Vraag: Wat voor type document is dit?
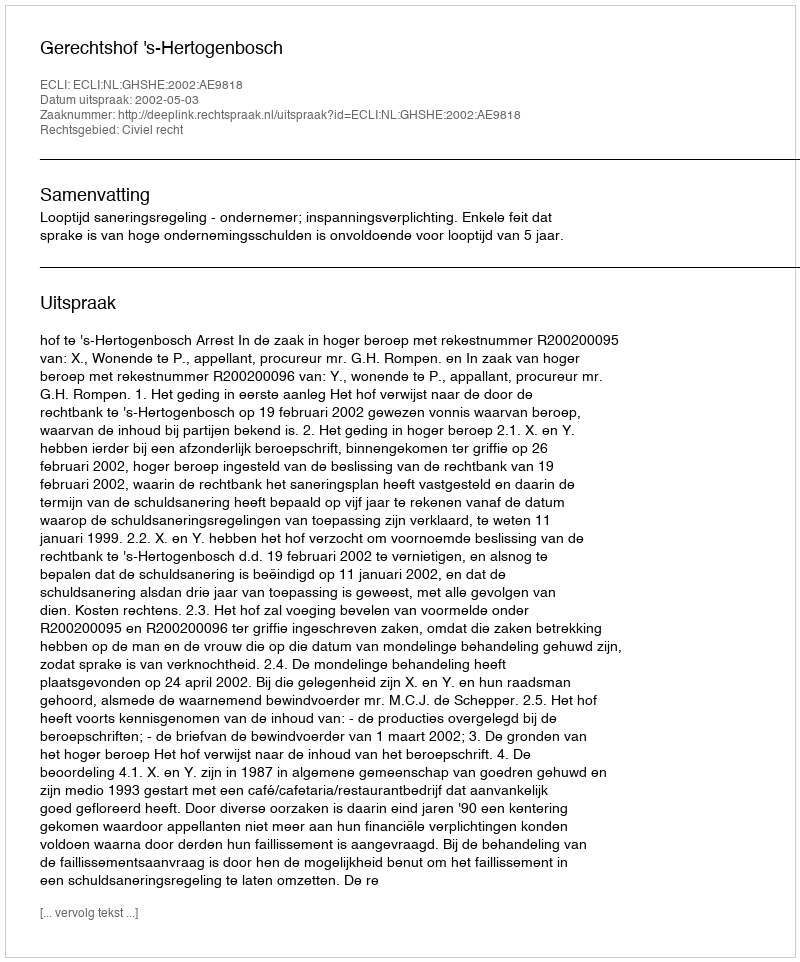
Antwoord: Uitspraak